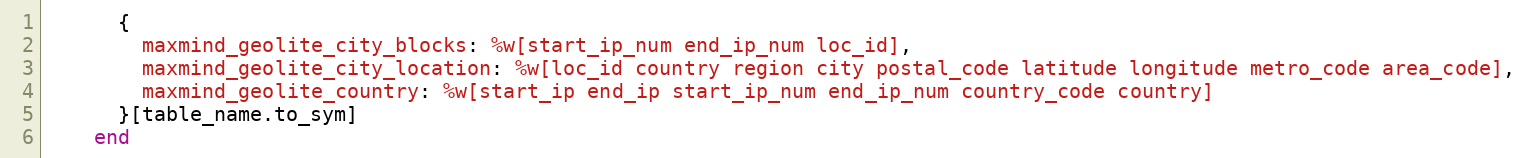
Language: Ruby
      {
        maxmind_geolite_city_blocks: %w[start_ip_num end_ip_num loc_id],
        maxmind_geolite_city_location: %w[loc_id country region city postal_code latitude longitude metro_code area_code],
        maxmind_geolite_country: %w[start_ip end_ip start_ip_num end_ip_num country_code country]
      }[table_name.to_sym]
    end